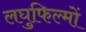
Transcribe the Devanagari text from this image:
लघुफिल्मों